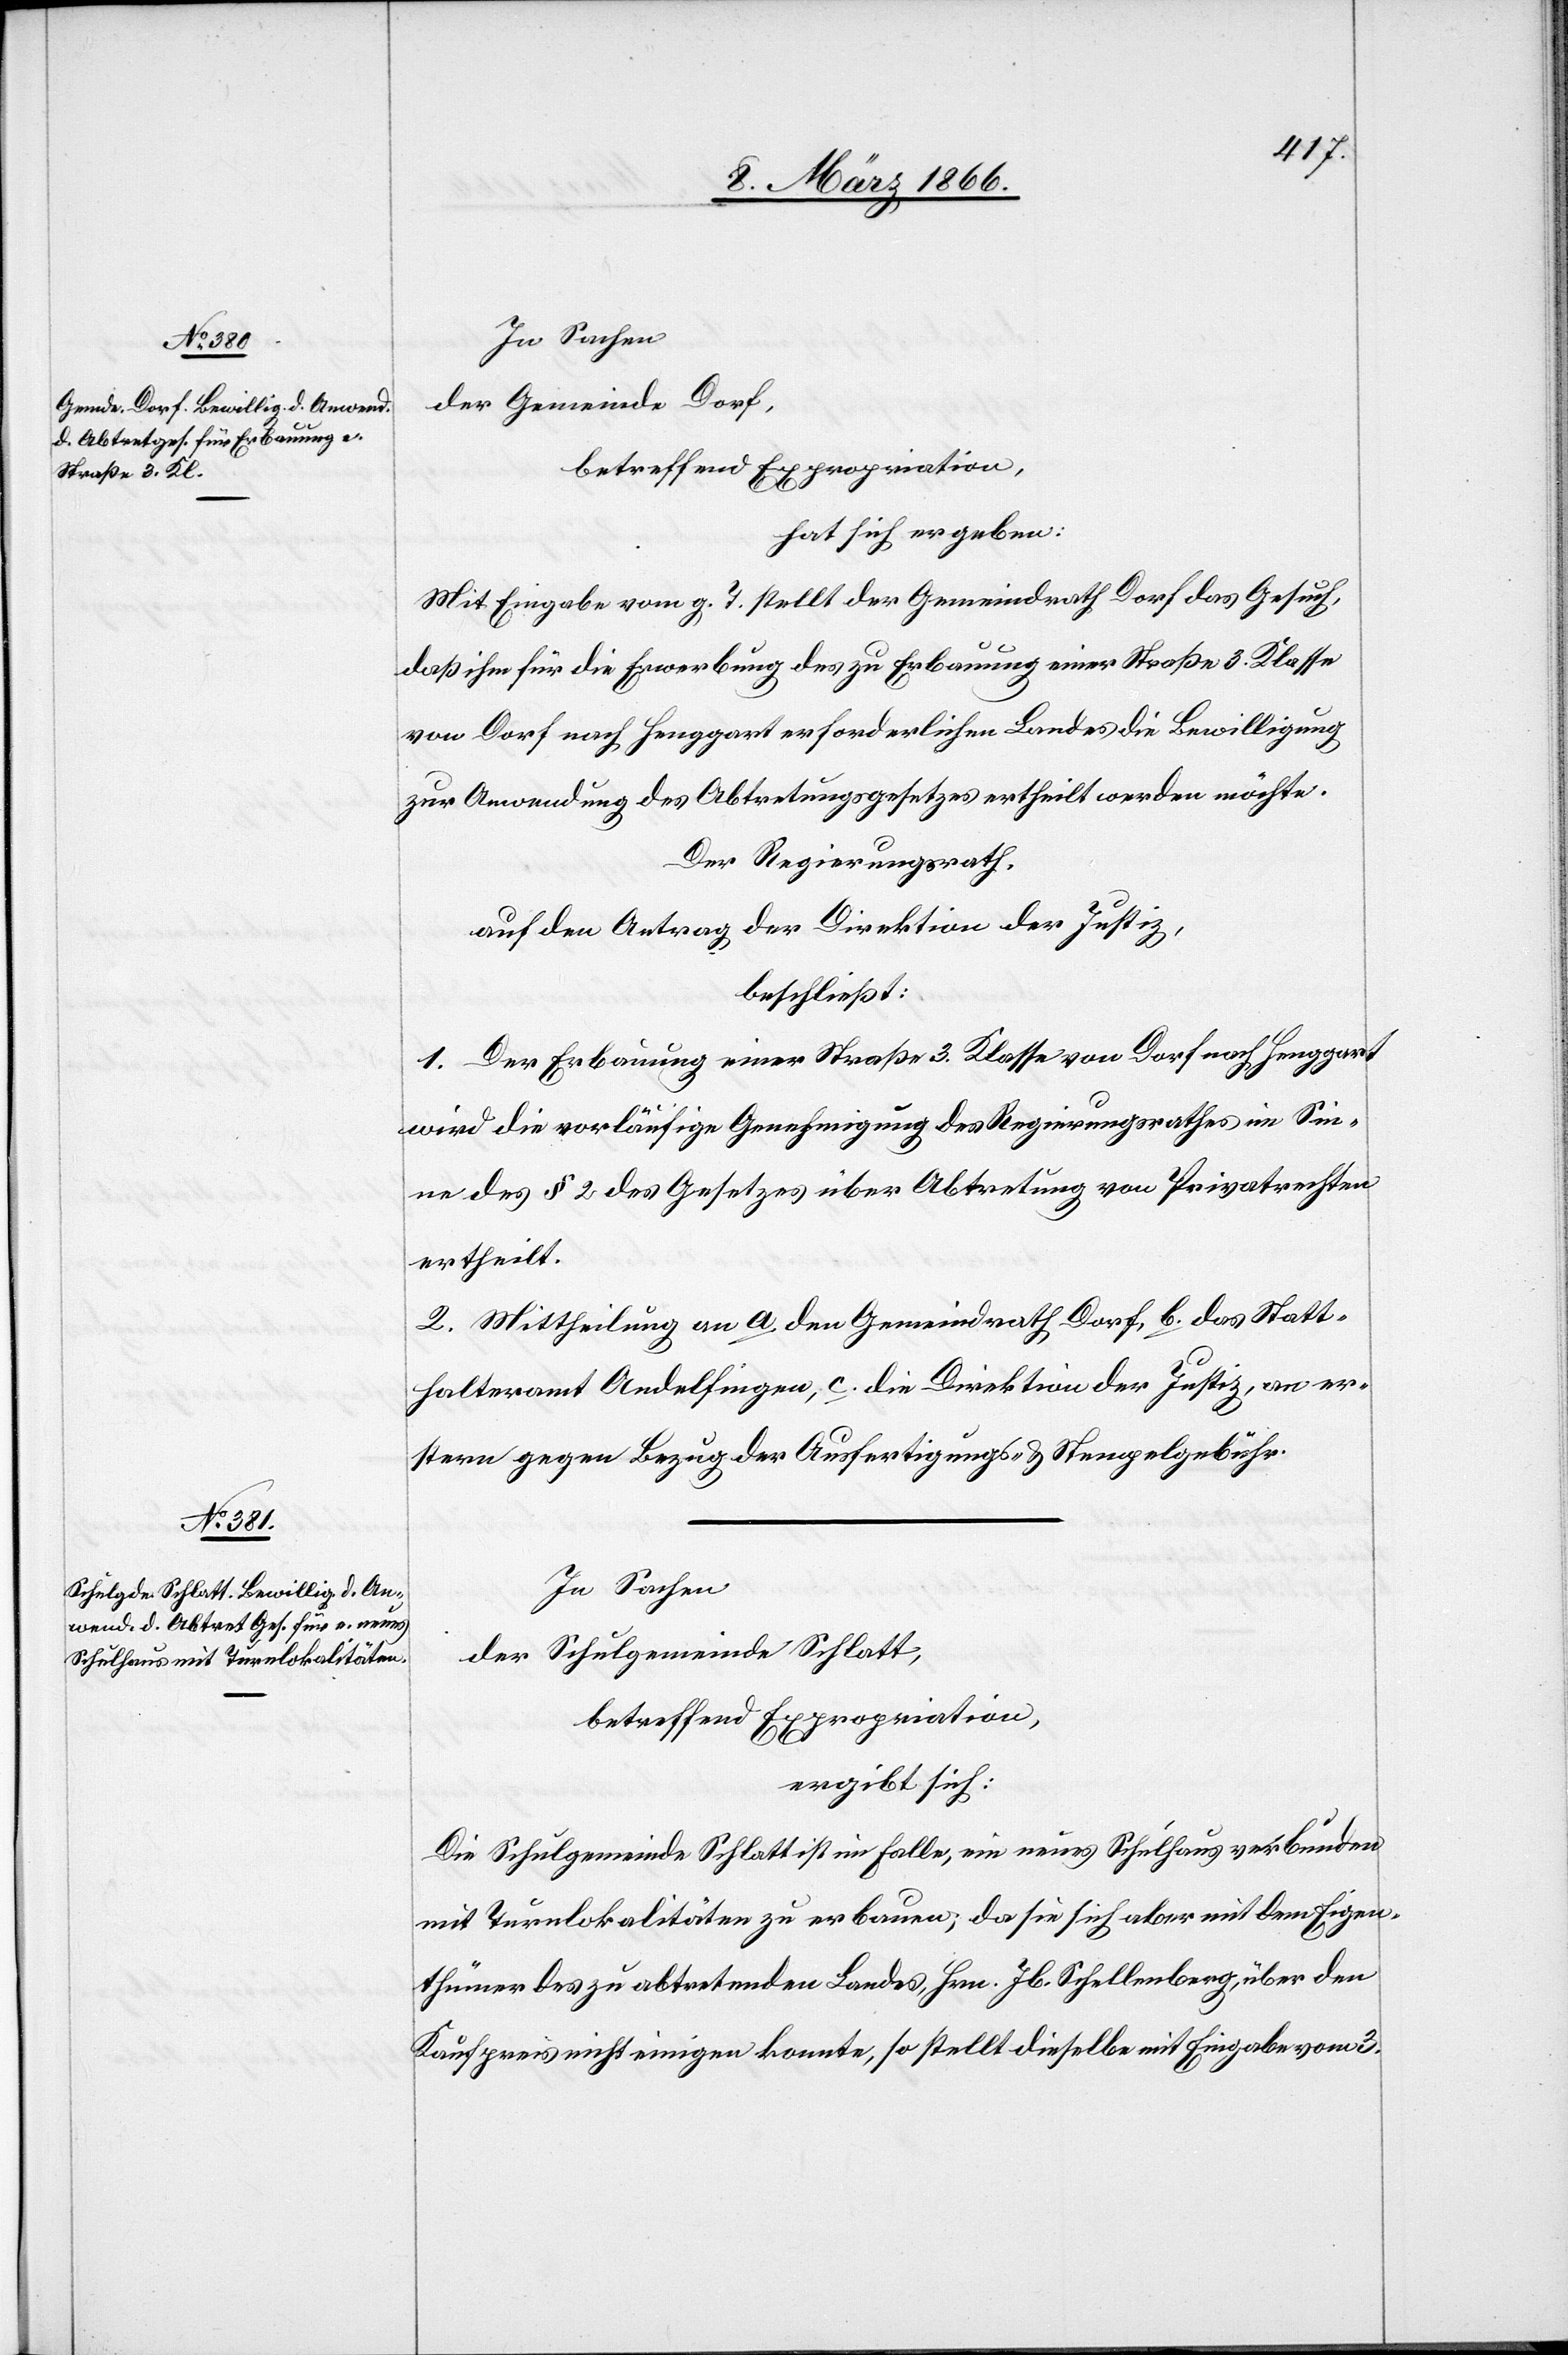
In Sachen
der Gemeinde Dorf,
betreffend Expropriation,
hat sich ergeben:
Mit Eingabe vom g. T. stellt der Gemeindrath Dorf das Gesuch,
daß ihm für die Erwerbung des zu Erbauung einer Straße 3. Klasse
von Dorf nach Henggart erforderlichen Landes die Bewilligung
zur Anwendung des Abtretungsgesetzes ertheilt werden möchte.
Der Regierungsrath,
auf den Antrag der Direktion der Justiz,
beschließt:
1. Der Erbauung einer Straße 3. Klasse von Dorf nach Henggart
wird die vorläufige Genehmigung des Regierungsrathes im Sin¬
ne des § 2 des Gesetzes über Abtretung von Privatrechten
ertheilt.
2. Mittheilung an a. den Gemeindrath Dorf, b. das Statt¬
halteramt Andelfingen, c. die Direktion der Justiz, an er¬
stern gegen Bezug der Ausfertigungs- u. Stempelgebühren.
In Sachen
der Schulgemeinde Schlatt,
betreffend Expropriation,
ergibt sich:
Die Schulgemeinde Schlatt ist im Falle, ein neues Schulhaus verbunden
mit Turnlokalitäten zu erbauen, da sie sich aber mit dem Eigen¬
thümer des zu abtretenden Landes, Hrn. Jb. Schellenberg, über den
Kaufpreis nicht einigen konnte, so stellt dieselbe mit Eingabe vom 3.